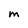
Character: M